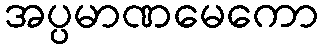
အပ္ပမာဏမေကော